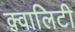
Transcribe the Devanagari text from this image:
क़्वालिटी